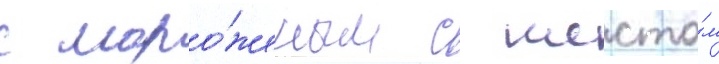
с моро́женым с шесто́м